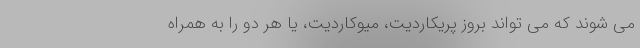
می شوند که می تواند بروز پریکاردیت، میوکاردیت، یا هر دو را به همراه